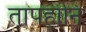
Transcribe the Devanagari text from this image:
तापहानि